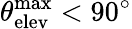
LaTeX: \theta_{\mathrm{elev}}^{\mathrm{max}}<90^{\circ}